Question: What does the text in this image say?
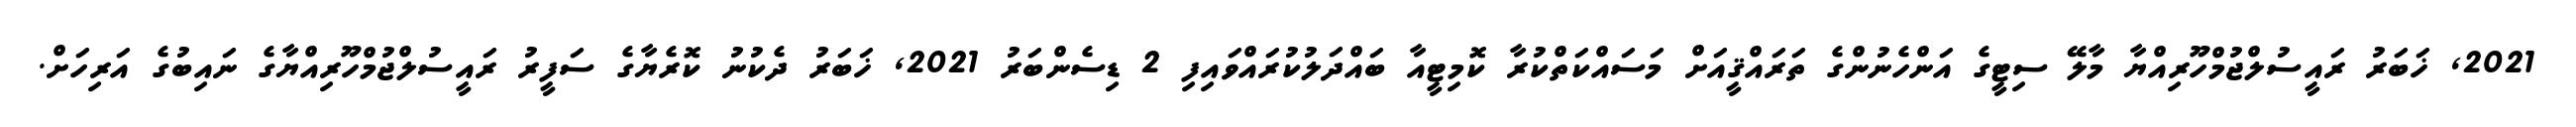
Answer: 2021, ޚަބަރު ރައީސުލްޖުމްހޫރިއްޔާ މާލޭ ސިޓީގެ އަންހެނުންގެ ތަރައްޤީއަށް މަސައްކަތްކުރާ ކޮމިޓީއާ ބައްދަލުކުރައްވައިފި 2 ޑިސެންބަރު 2021, ޚަބަރު ދެކުނު ކޮރެޔާގެ ސަފީރު ރައީސުލްޖުމްހޫރިއްޔާގެ ނައިބުގެ އަރިހަށް.